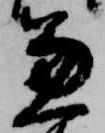
兼